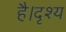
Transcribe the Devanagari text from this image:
है।दृश्य